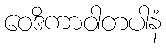
ဝေဒိကာဝါတပါနံ